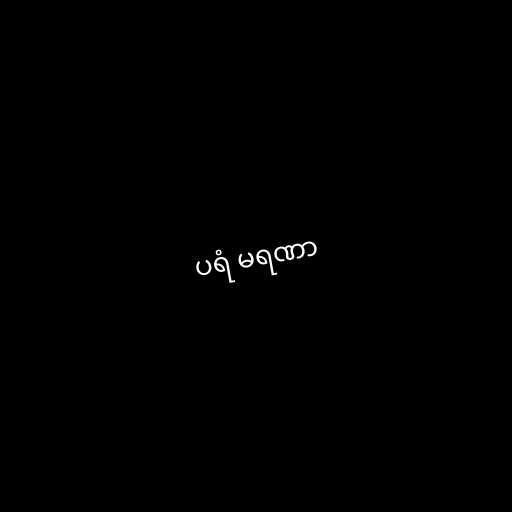
ပရံ မရဏာ